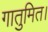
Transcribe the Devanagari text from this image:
गातुमित।